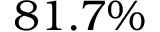
8 1 . 7 \%